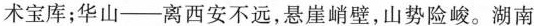
术宝库；华山--离西安不远，悬崖峭壁，山势险峻。湖南